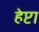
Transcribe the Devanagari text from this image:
हेप्टा